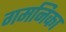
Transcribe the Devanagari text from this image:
गमनिका